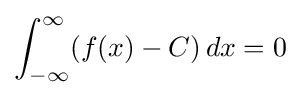
\int _{-\infty }^{\infty }(f(x)-C)\,dx=0